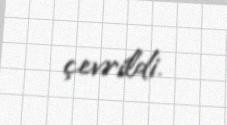
çevrildi.